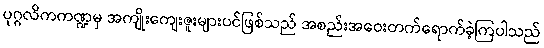
ပုဂ္ဂလိကကဏ္ဍမှ အကျိုးကျေးဇူးများပင်ဖြစ်သည် အစည်းအဝေးတက်ရောက်ခဲ့ကြပါသည်